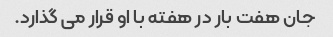
جان هفت بار در هفته با او قرار می گذارد.